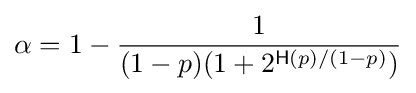
\alpha =1-{\frac {1}{(1-p)(1+2^{{\mathsf {H}}(p)/(1-p)})}}